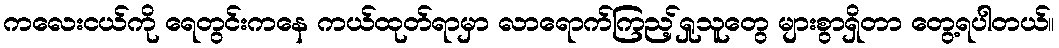
ကလေးငယ်ကို ရေတွင်းကနေ ကယ်ထုတ်ရာမှာ လာရောက်ကြည့်ရှုသူတွေ များစွာရှိတာ တွေ့ရပါတယ်။